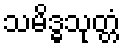
သမိဒ္ဓသုတ္တံ